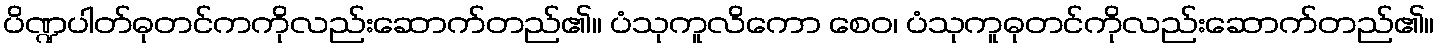
ပိဏ္ဍပါတ်ဓုတင်ကကိုလည်းဆောက်တည်၏။ ပံသုကူလိကော စေဝ၊ ပံသုကူဓုတင်ကိုလည်းဆောက်တည်၏။